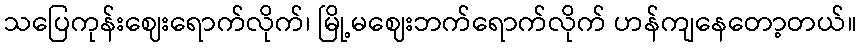
သပြေကုန်းဈေးရောက်လိုက်၊ မြို့မဈေးဘက်ရောက်လိုက် ဟန်ကျနေတော့တယ်။